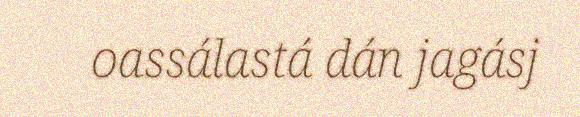
oassálastá dán jagásj